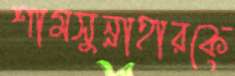
শামসুন্নাহারকে